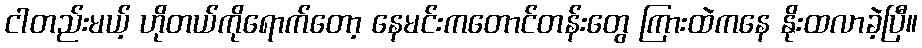
ငါတည်းမယ့် ဟိုတယ်ကိုရောက်တော့ နေမင်းကတောင်တန်းတွေ ကြားထဲကနေ နိုးထလာခဲ့ပြီ။